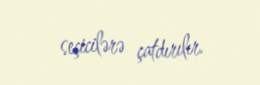
seçicilərə çatdırılır.